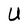
Character: U